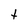
Character: t